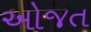
ઓજત